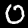
Digit: 0